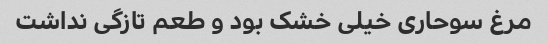
مرغ سوحاری خیلی خشک بود و طعم تازگی نداشت